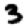
Digit: 3